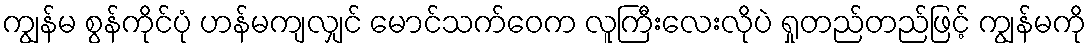
ကျွန်မ စွန်ကိုင်ပုံ ဟန်မကျလျှင် မောင်သက်ဝေက လူကြီးလေးလိုပဲ ရှုတည်တည်ဖြင့် ကျွန်မကို